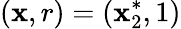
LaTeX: (\mathbf{x},r)=(\mathbf{x}_{2}^{*},1)